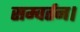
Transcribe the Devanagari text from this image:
सम्वर्तन।